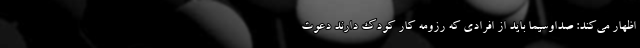
اظهار می‌کند: صداوسیما باید از افرادی که رزومه کار کودک دارند دعوت